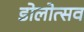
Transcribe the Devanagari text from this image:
डोलोत्सव